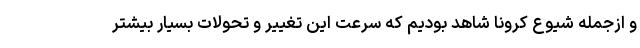
و ازجمله شیوع کرونا شاهد بودیم که سرعت این تغییر و تحولات بسیار بیشتر